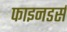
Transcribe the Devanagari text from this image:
फाइनडर्स